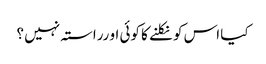
کیا اس کو نکلنے کا کوئی او رراستہ نہیں ؟